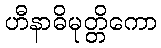
ဟီနာဓိမုတ္တိကော